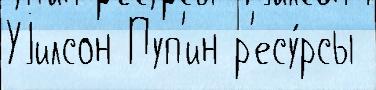
Уjилсон Пуп'ин р'есу́рсы